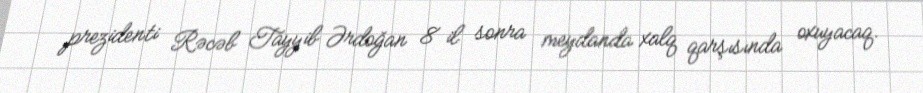
prezidenti Rəcəb Tayyib Ərdoğan 8 il sonra meydanda xalq qarşısında oxuyacaq.